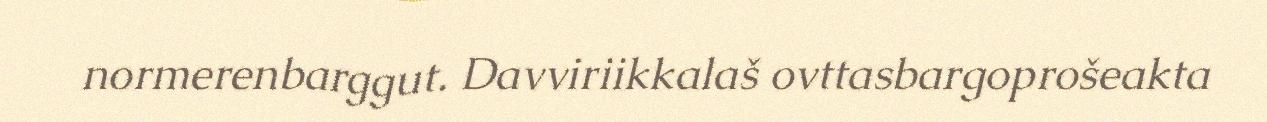
normerenbarggut. Davviriikkalaš ovttasbargoprošeakta